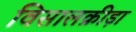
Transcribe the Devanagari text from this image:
विसालक्रीड़ा